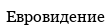
Евровидение